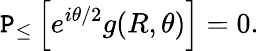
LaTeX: {\cal\mathtt{P}}_{\leq}\left[e^{i\theta/2}g(R,\theta)\right]=0.